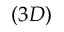
( 3 D )